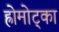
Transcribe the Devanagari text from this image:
ह्रोमोट्का